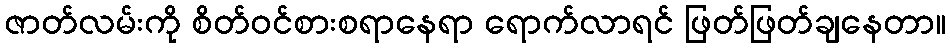
ဇာတ်လမ်းကို စိတ်ဝင်စားစရာနေရာ ရောက်လာရင် ဖြတ်ဖြတ်ချနေတာ။